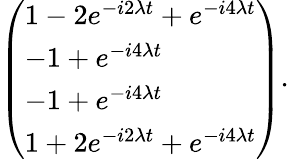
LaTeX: \left(\begin{array}{l}{1-2e^{-i2\lambda t}+e^{-i4\lambda t}}\\ {-1+e^{-i4\lambda t}}\\ {-1+e^{-i4\lambda t}}\\ {1+2e^{-i2\lambda t}+e^{-i4\lambda t}}\end{array}\right).